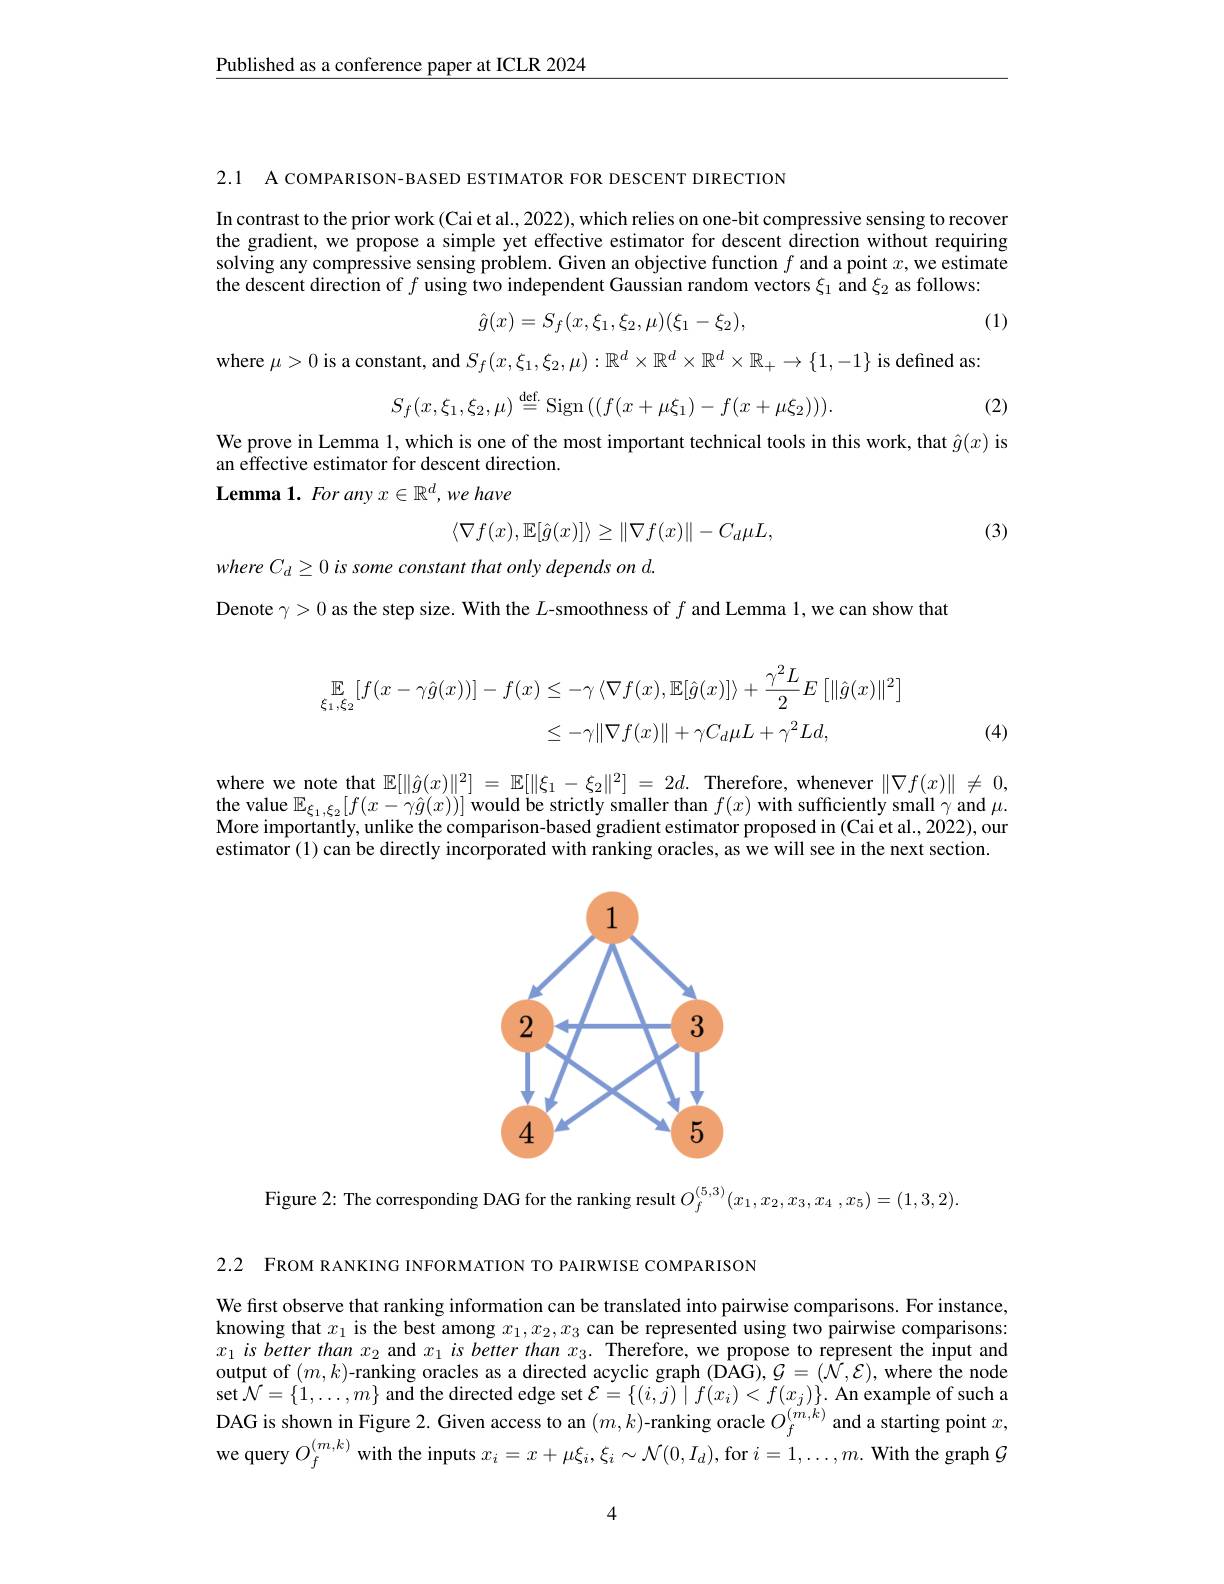
$\underline{\text{Published as a conference paper at ICLR 2024}}$

2.1 A COMPARISON-BASED ESTIMATOR FOR DESCENT DIRECTION

In contrast to the prior work (Cai et al., 2022), which relies on one-bit compressive sensing to recover the gradient, we propose a simple yet effective estimator for descent direction without requiring solving any compressive sensing problem. Given an objective function $f$ and a point $x$,we estimate the descent direction of $f$ using two independent Gaussian random vectors $\xi_1$ and $\xi_2$ as follows:
$$\hat{g}(x)=S_{f}(x,\xi_{1},\xi_{2},\mu)(\xi_{1}-\xi_{2}),$$
(1)
$$\mid S_{f}(x,\xi_{1},\xi_{2},\mu):\mathbb{R}^{d}\times\mathbb{R}^{d}\times\mathbb{R}^{d}\times\mathbb{R}_{+}\to\{1,-1\}$$
$$\mathrm{nt,~and~}S_{f}(x,\xi_{1},\xi_{2},\mu):\mathbb{R}^{a}\times\mathbb{R}^{a}\times\mathbb{R}^{a}\times\mathbb{R}_{+}\to\{1,-1$$
$:\mu>0$

(2)
$$S_f(x,\xi_1,\xi_2,\mu)\stackrel{\text{def.}}{=}\mathrm{Sign}\left((f(x+\mu\xi_1)-f(x+\mu\xi_2))\right).$$
We prove in Lemma 1,which is one of the most important technical tools in this work, that $\hat{g}(x)$ is
an effective estimator for descent direction.
Lemma 1. For any $x\in\mathbb{R}^d,we$ have
$$\langle\nabla f(x),\mathbb{E}[\hat{g}(x)]\rangle\geq\|\nabla f(x)\|-C_{d}\mu L,$$
(3)

$whereC_{d}\geq0$ is some constant that only depends on d.

Denote $\gamma>0$ as the step size. With the $L$-smoothness of $f$ and Lemma 1,we can show that
$$\begin{aligned}\mathbb{E}_{\xi_{1},\xi_{2}}[f(x-\gamma\hat{g}(x))]-f(x)&\leq-\gamma\left\langle\nabla f(x),\mathbb{E}[\hat{g}(x)]\right\rangle+\frac{\gamma^{2}L}{2}E\left[\|\hat{g}(x)\|^{2}\right]\\&\leq-\gamma\|\nabla f(x)\|+\gamma C_{d}\mu L+\gamma^{2}Ld,\end{aligned}$$
(4)

where we note that $\mathbb{E} [ \| \hat{g} ( x) \| ^2]$ = $\mathbb{E} [ \| \xi _1- \xi _2\| ^2]$ = $2d.$ Therefore, whenever $\| \nabla f( x) \| \not =$ 0, the value $\mathbb{E}_\xi_1,\xi_2[f(x-\gamma\hat{g}(x))]$ would be strictly smaller than $f(x)$ with sufficiently small $\gamma$ and $\mu.$ More importantly, unlike the comparison-based gradient estimator proposed in (Cai et al., 2022), our estimator (1) can be directly incorporated with ranking oracles, as we will see in the next section.

<FigureHere>

Figure 2: The corresponding DAG for the ranking result $O_f^{(5,3)}(x_1,x_2,x_3,x_4,x_5)=(1,3,2)$

2.2 FROM RANKING INFORMATION TO PAIRWISE COMPARISON

We first observe that ranking information can be translated into pairwise comparisons. For instance, knowing that $x_1$ is the best among $x_1,x_2,x_3$ can be represented using two pairwise comparisons: $x_1\textit{is better than }x_2$ and $x_1\textit{is better than }x_3.$ Therefore, we propose to represent the input and output of $(m,k)$-ranking oracles as a directed acyclic graph (DAG), $\mathcal{G}=(\hat{\mathcal{N}},\mathcal{E})$, where the node $\operatorname{set}{\mathcal{N}}=\{1,\ldots,m\}$ and the directed edge set $\mathcal{E}=\{(i,j)\mid f(x_{i})<f(x_{j})\}.$ An example of such a DAG is shown in Figure 2. Given access to an $(m,k)$-ranking oracle $O_f^{(\bar{m},k)}$ and a starting point $x$, we query $O_f^{(m,k)}$ with the inputs $x_i=x+\mu\xi_i,\xi_i\sim\mathcal{N}(0,I_d)$, for $i=1,\ldots,m.$ With the graph $\mathcal{G}$

4